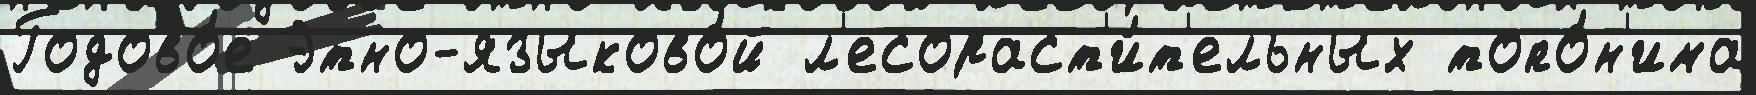
Годово́е Этно-языково́й л'есораст'и́т'ельных топо́н'има